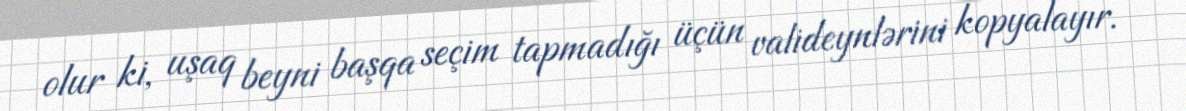
olur ki, uşaq beyni başqa seçim tapmadığı üçün valideynlərini kopyalayır.